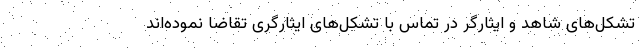
تشکل‌های شاهد و ایثارگر در تماس با تشکل‌های ایثارگری تقاضا نموده‌اند